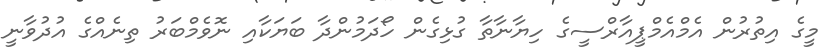
މީގެ އިތުރުން އެމްއެމްޕީއާރްސީގެ ހިޔާނާތާ ގުޅިގެން ހޯދަމުންދާ ބަޔަކާއި ނޮވެމްބަރު ތިނެއްގެ އުދުވާނީ